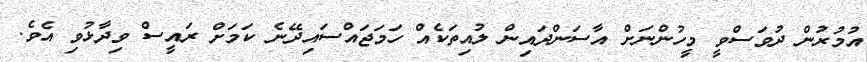
އުމުރުން ދުވަސްވީ މީހުންނަށް އާސަންދައިން ލުއިތަކެއް ހަމަޖައްސައިދޭނެ ކަމަށް ރައީސް ވިދާޅުވި އެވެ.